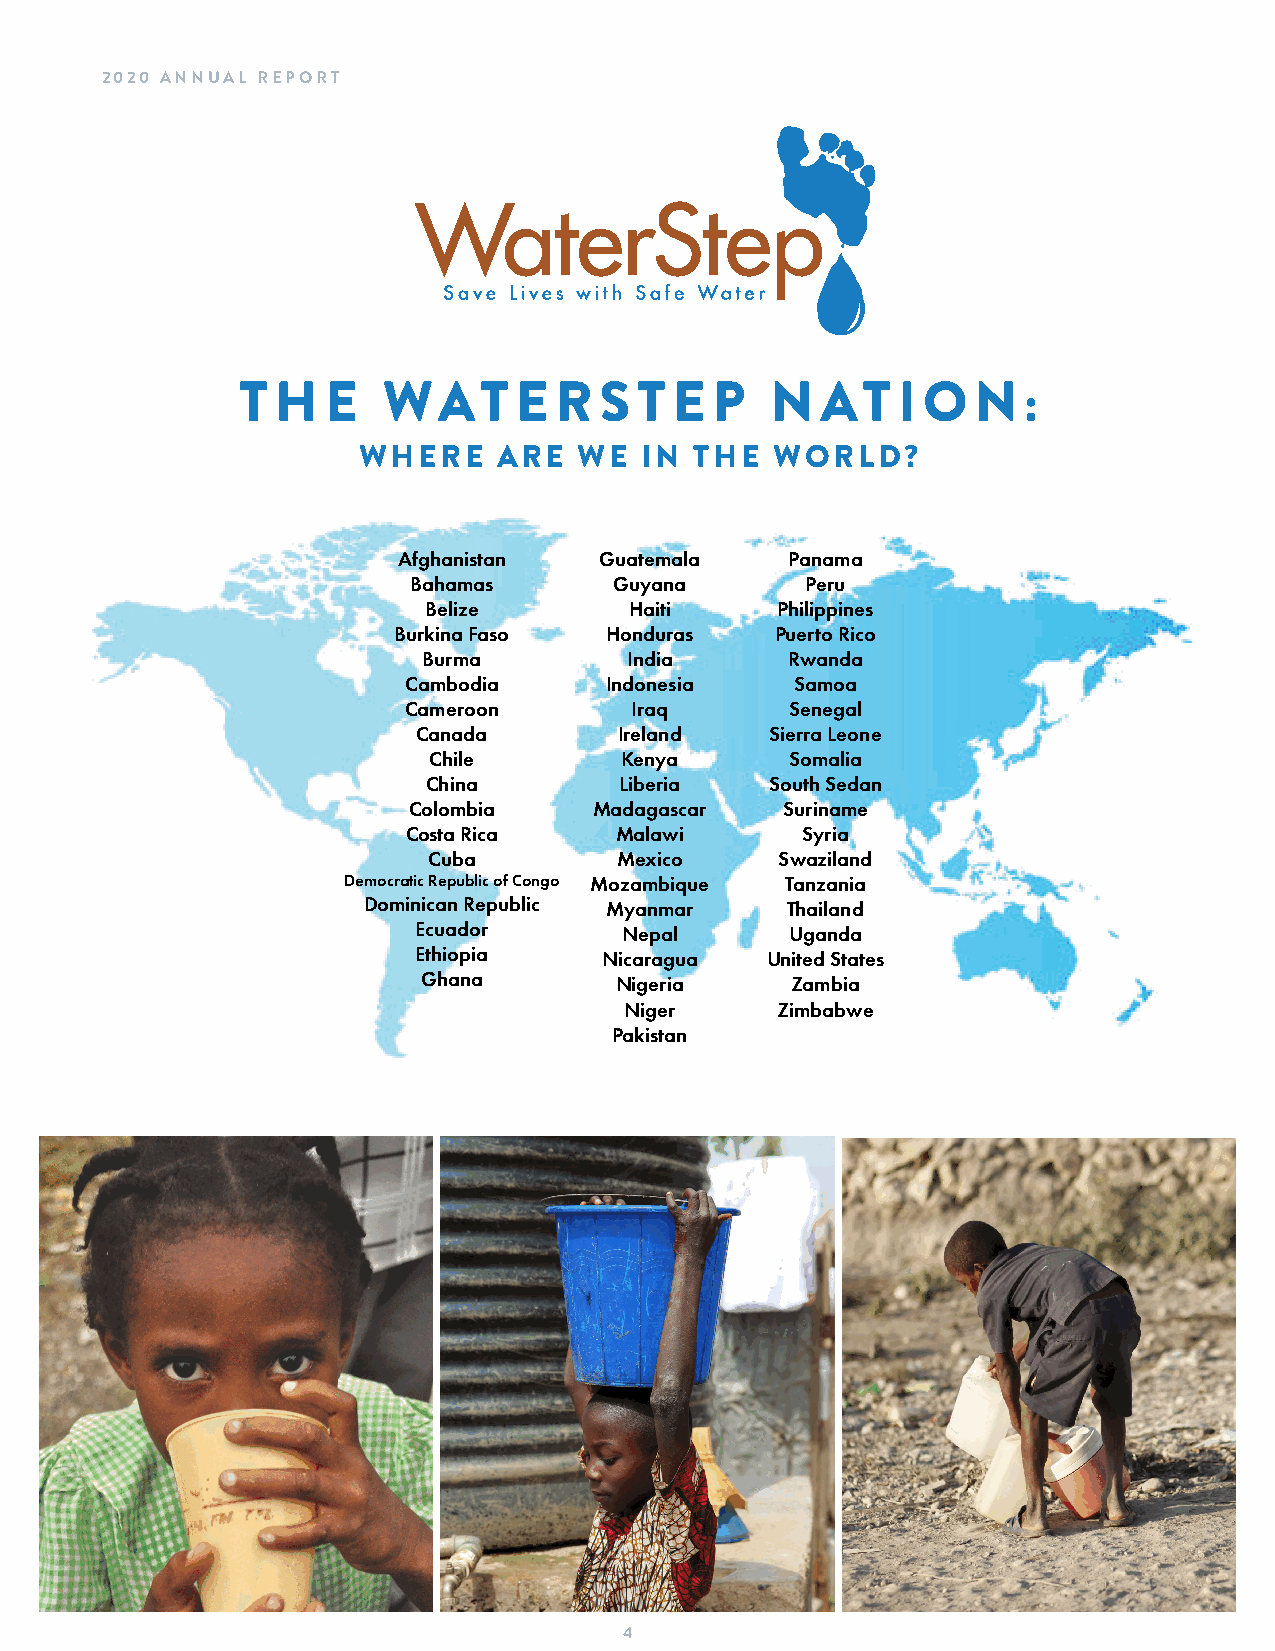
2020 ANNUAL REPORT
 T H   E  WAT      E  R  S T  E P   N  AT   I O  N:
 WHERE    ARE  WE   IN THE  WORLD?
 Afghanistan   Guatemala   Panama
 Bahamas       Guyana      Peru
 Belize        Haiti    Philippines
 Burkina Faso  Honduras   Puerto Rico
 Burma        India      Rwanda
 Cambodia     Indonesia    Samoa
 Cameroon       Iraq      Senegal
 Canada       Ireland   Sierra Leone
 Chile        Kenya      Somalia
 China        Liberia   South Sedan
 Colombia    Madagascar   Suriname
 Costa Rica    Malawi      Syria
 Cuba         Mexico     Swaziland
 Democratic Republic of Congo Mozambique Tanzania
 Dominican Republic Myanmar  Thailand
 Ecuador       Nepal      Uganda
 Ethiopia    Nicaragua  United States
 Ghana        Nigeria    Zambia
 Niger     Zimbabwe
 Pakistan
 4